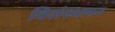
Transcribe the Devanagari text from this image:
विसंस्थापन